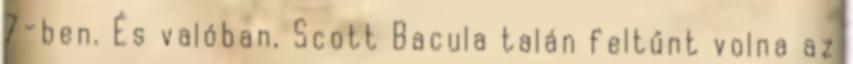
7-ben. És valóban, Scott Bacula talán feltűnt volna az